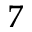
^ 7